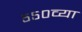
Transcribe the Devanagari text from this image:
५५०व्या